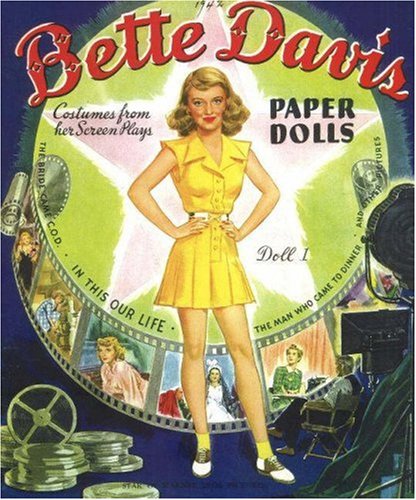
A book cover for Bette Davis Paper Dolls; Paper Dolls; Arts & Photography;